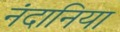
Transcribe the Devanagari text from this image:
नंदानिया